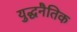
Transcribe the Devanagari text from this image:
युद्धनैतिक